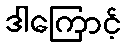
ဒါကြောင့်